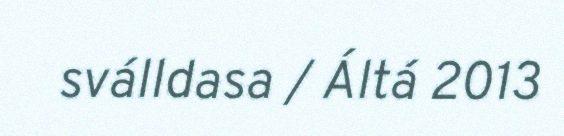
sválldasa / Áltá 2013